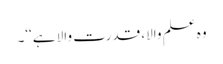
وہ علم والا، قدرت والا ہے‘‘۔